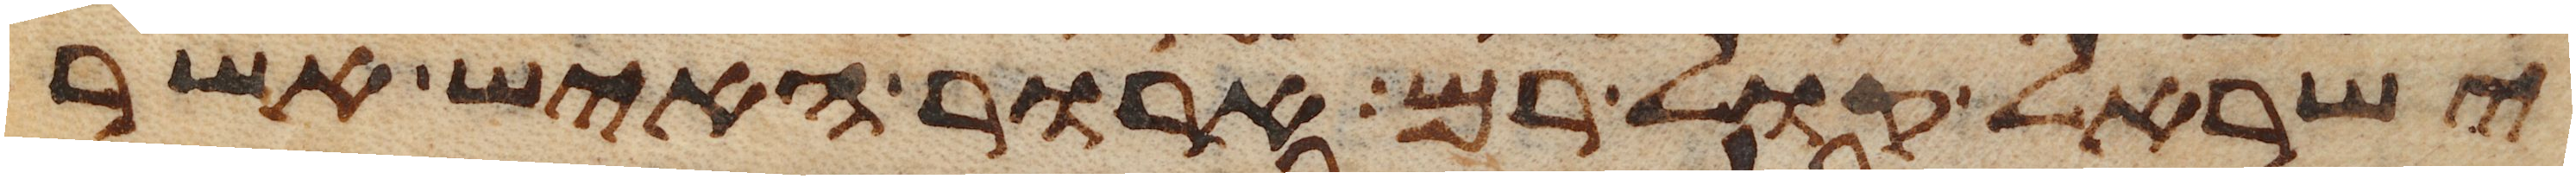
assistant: ישראל קול רם ארור האיש אשר